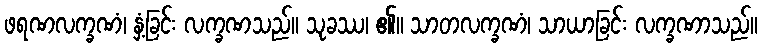
ဖရဏလက္ခဏံ၊ နှံ့ခြင်း လက္ခဏသည်။ သုခဿ၊ ၏။ သာတလက္ခဏံ၊ သာယာခြင်း လက္ခဏာသည်။